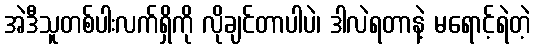
အဲဒီသူတစ်ပါးလက်ရှိကို လိုချင်တာပါပဲ၊ ဒါလဲရတာနဲ့ မရောင့်ရဲတဲ့